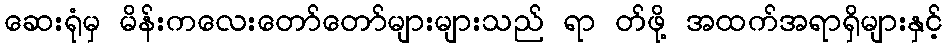
ဆေးရုံမှ မိန်းကလေးတော်တော်များများသည် ရာ တ်ဖို့ အထက်အရာရှိများနှင့်